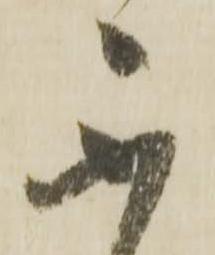
不